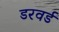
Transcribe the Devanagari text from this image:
डरवर्ड